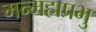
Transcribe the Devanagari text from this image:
मन्महाप्रभु